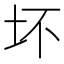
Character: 坏